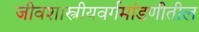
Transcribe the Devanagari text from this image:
जीवशास्त्रीयवर्गमांडणीतील